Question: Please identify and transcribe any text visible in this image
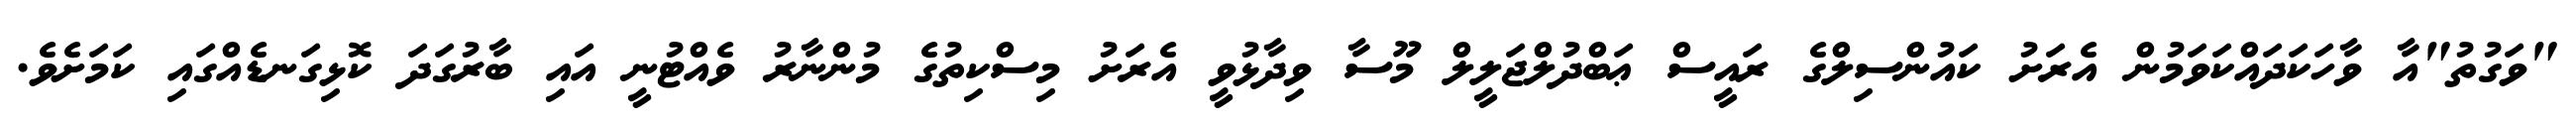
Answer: "ވަގުތު"އާ ވާހަކަދައްކަވަމުން އެރަށު ކައުންސިލްގެ ރައީސް ޢަބްދުލްޖަލީލް މޫސާ ވިދާޅުވީ އެރަށު މިސްކިތުގެ މުންނާރު ވެއްޓުނީ އައި ބާރުގަދަ ކޮޅިގަނޑެއްގައި ކަމަށެވެ.